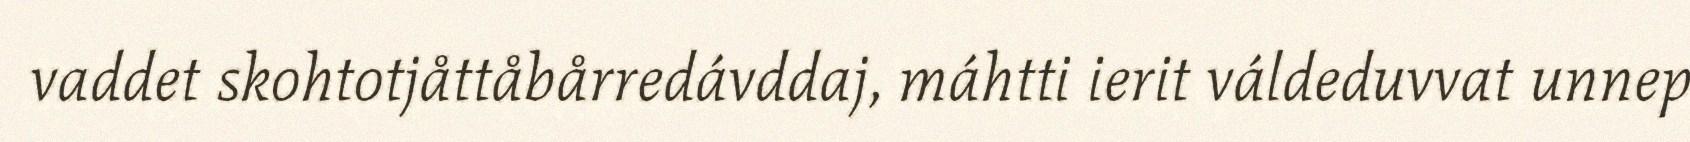
vaddet skohtotjåttåbårredávddaj, máhtti ierit váldeduvvat unnep